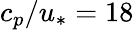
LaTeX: c_{p}/u_{*}=18